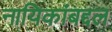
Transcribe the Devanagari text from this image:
नायिकांबद्दल